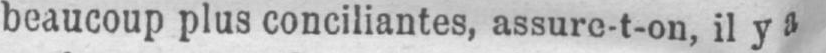
beaucoup plus conciliantes, assuro-t-on, il ya